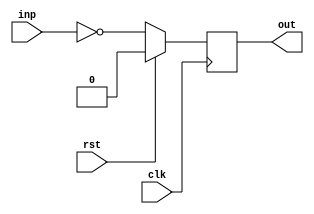
module bar(clk, rst, inp, out);
  input  wire clk;
  input  wire rst;
  input  wire inp;
  output reg  out;

  always @(posedge clk)
    if (rst) out <= 1'd0;
    else     out <= ~inp;

endmodule

module foo(clk, rst, inp, out);
  input  wire clk;
  input  wire rst;
  input  wire inp;
  output wire out;

  (* my_module_instance = 99 *)
  bar bar_instance (clk, rst, inp, out);
endmodule